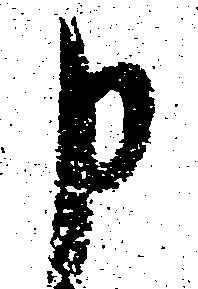
申